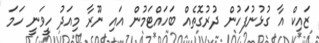
ޒައިކް އާ ގުޅުނުފަހުން ދުރުގޮތެއް ބަހަައްޓަމުން އައި ނޫރާ މިއަދު ހީވަނީ ހަމަ